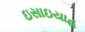
ઇસાઇયાહ